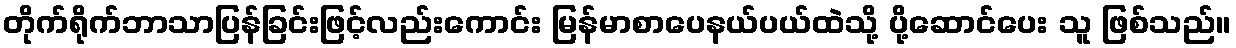
တိုက်ရိုက်ဘာသာပြန်ခြင်းဖြင့်လည်းကောင်း မြန်မာစာပေနယ်ပယ်ထဲသို့ ပို့ဆောင်ပေး သူ ဖြစ်သည်။